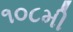
૧૦૮મી